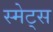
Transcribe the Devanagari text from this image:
स्मेट्स